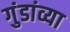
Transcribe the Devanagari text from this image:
गुंडांव्या